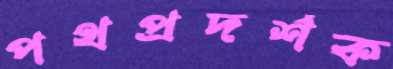
পথপ্রদর্শক